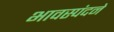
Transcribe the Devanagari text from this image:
भावस्पंदने